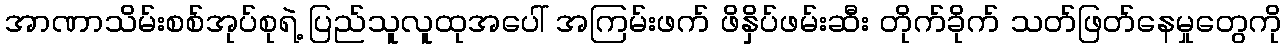
အာဏာသိမ်းစစ်အုပ်စုရဲ့ ပြည်သူလူထုအပေါ် အကြမ်းဖက် ဖိနှိပ်ဖမ်းဆီး တိုက်ခိုက် သတ်ဖြတ်နေမှုတွေကို